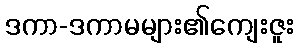
ဒကာ-ဒကာမများ၏ကျေးဇူး